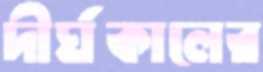
দীর্ঘকালের